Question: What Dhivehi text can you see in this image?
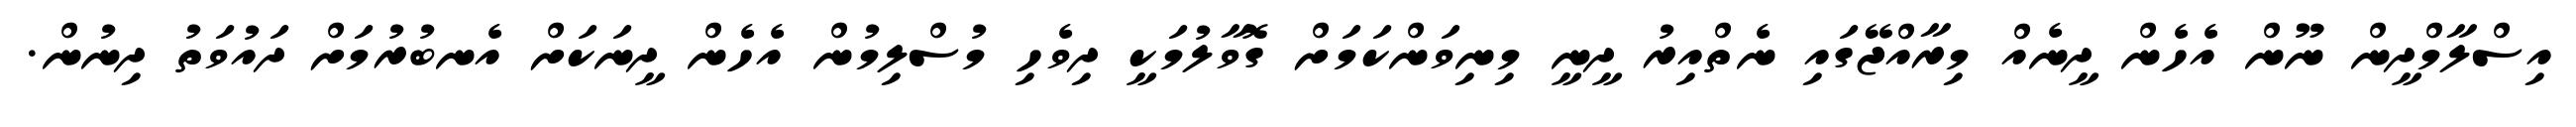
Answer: އިސްލާމްދީން ނޫން އެހެން ދީނެއް މިރާއްޖޭގައި ނެތްއިރު ދީނީ މިނިވަންކަމަށް ގޮވާލުމަކީ ދިވެހި މުސްލިމުން އެހެން ދީނަކަށް އެނބުރުމަށް ދައުވަތު ދިނުން.